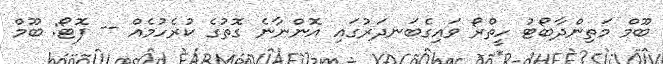
ބޫމް މަތިންދާބޯޓު ހީތްރޯ ވައިގެބަނދަރުގައި އޮންނާނެ ގޮތުގެ ކުރެހުމެއް -- ފޮޓޯ: ބޫމް